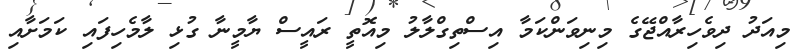
މިއަދު ދިވެހިރާއްޖޭގެ މިނިވަންކަމާ އިސްތިގްލާލު މިއޮތީ ރައީސް ޔާމީނާ ގުޅި ލާމެހިފައި ކަމަށާއި